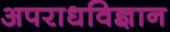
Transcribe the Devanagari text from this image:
अपराधविज्ञान